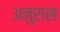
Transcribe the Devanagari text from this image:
अनुरास